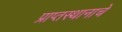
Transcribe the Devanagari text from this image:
प्राप्तस्थानाचे